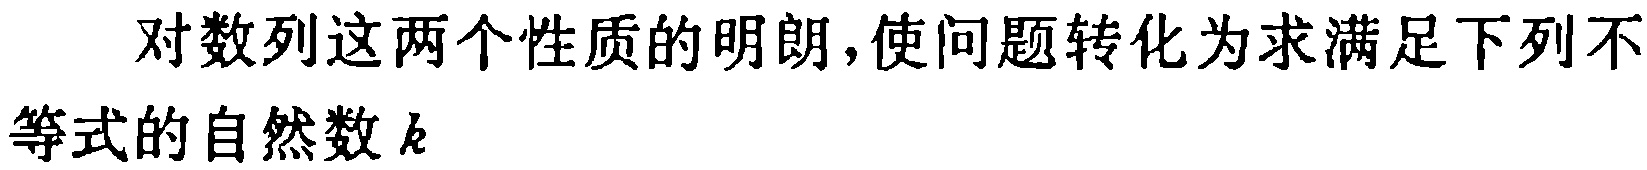
对数列这两个性质的明朗,使问题转化为求满足下列不等式的自然数\(k\)